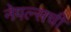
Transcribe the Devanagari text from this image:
नेपल्सची